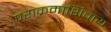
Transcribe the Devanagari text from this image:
पराक्रमाशिवाय